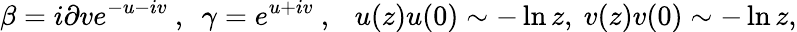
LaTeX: \beta=i\partial ve^{-u-iv}~,~~\gamma=e^{u+iv}~,~~~u(z)u(0)\sim-\ln z,~v(z)v(0)\sim-\ln z,